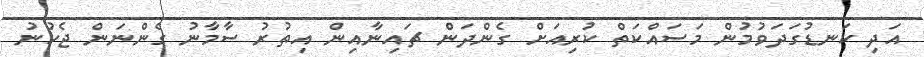
އަދި ކަނޑުގަދަވުމުން މަސައްކަތް ކުރިއަށް ގެންދަން ޗައިނާއިން އިތުރު ސާމާނު ގެންނަން ޖެހުނު